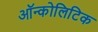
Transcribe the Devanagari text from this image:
ऑन्कोलिटिक